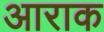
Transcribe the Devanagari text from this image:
आराक